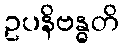
ဥပနိဗန္ဓတိ